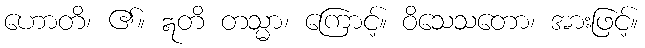
ဟောတိ၊ ၏။ ဣတိ တသ္မာ၊ ကြောင့်။ ဝိသေသတော၊ အားဖြင့်။